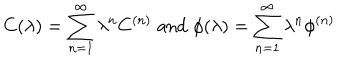
LaTeX: C ( \lambda ) = \sum _ { n = 1 } ^ { \infty } \lambda ^ { n } C ^ { ( n ) } \; \mathrm { a n d } \; \phi ( \lambda ) = \sum _ { n = 1 } ^ { \infty } \lambda ^ { n } \phi ^ { ( n ) }